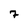
Character: 7